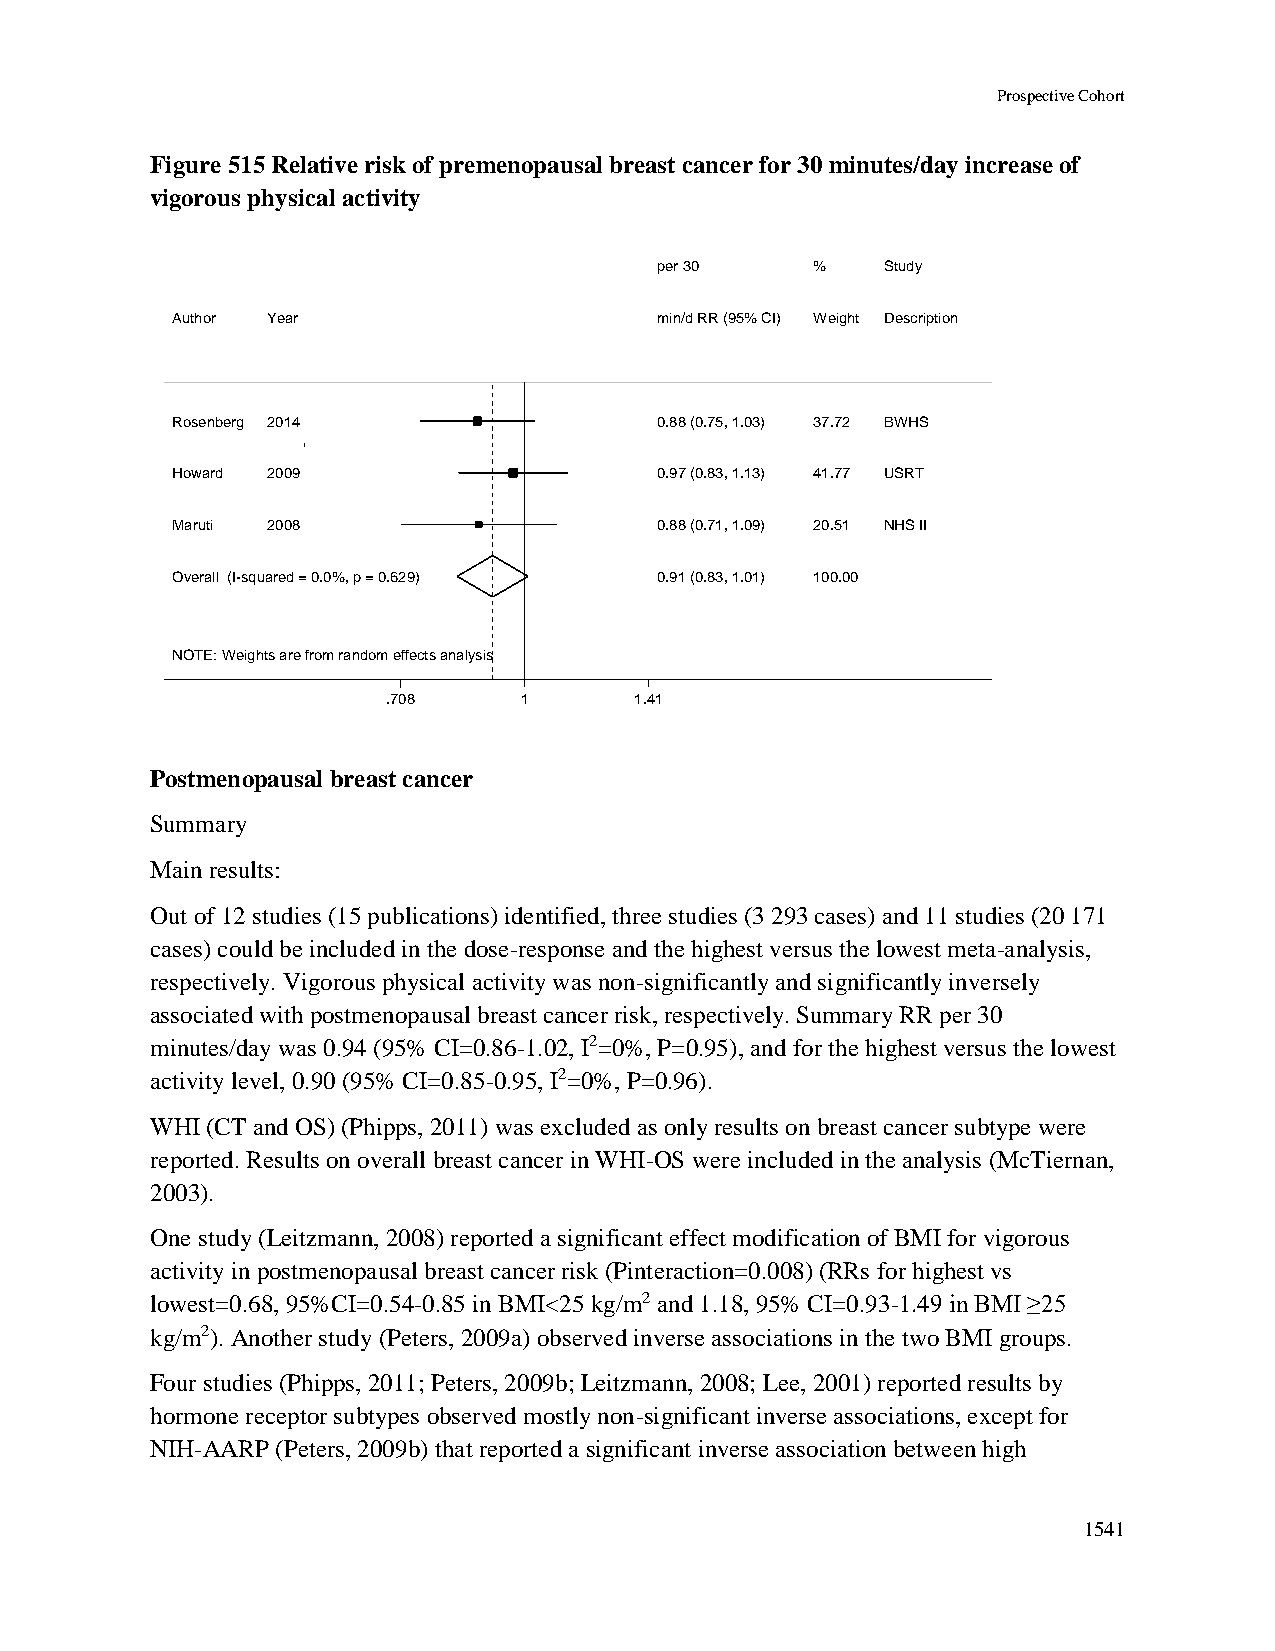
Prospective Cohort
 Figure 515 Relative risk of premenopausal breast cancer for 30 minutes/day increase of
 vigorous physical activity
 ppeerr 3300 %% Study
 Author Year                      mmiinn//dd RRRR ((9955%% CCII)) WWeeiigghhtt Description
 Rosenberg 2014                   00..8888 ((00..7755,, 11..0033)) 3377..7722 BWHS
 Howard 2009                      00..9977 ((00..8833,, 11..1133)) 4411..7777 USRT
 Maruti 2008                      00..8888 ((00..7711,, 11..0099)) 2200..5511 NHS II
 Overall (I-squared = 0.0%, p = 0.629) 00..9911 ((00..8833,, 11..0011)) 110000..0000
 NOTE: Weights are from random effects analysis
 .708    11      1.41
 Postmenopausal breast cancer
 Summary
 Main results:
 Out of 12 studies (15 publications) identified, three studies (3 293 cases) and 11 studies (20 171
 cases) could be included in the dose-response and the highest versus the lowest meta-analysis,
 respectively. Vigorous physical activity was non-significantly and significantly inversely
 associated with postmenopausal breast cancer risk, respectively. Summary RR per 30
 minutes/day was 0.94 (95% CI=0.86-1.02, I2=0%, P=0.95), and for the highest versus the lowest
 activity level, 0.90 (95% CI=0.85-0.95, I2=0%, P=0.96).
 WHI (CT and OS) (Phipps, 2011) was excluded as only results on breast cancer subtype were
 reported. Results on overall breast cancer in WHI-OS were included in the analysis (McTiernan,
 2003).
 One study (Leitzmann, 2008) reported a significant effect modification of BMI for vigorous
 activity in postmenopausal breast cancer risk (Pinteraction=0.008) (RRs for highest vs
 lowest=0.68, 95%CI=0.54-0.85 in BMI<25 kg/m2 and 1.18, 95% CI=0.93-1.49 in BMI ≥25
 kg/m2). Another study (Peters, 2009a) observed inverse associations in the two BMI groups.
 Four studies (Phipps, 2011; Peters, 2009b; Leitzmann, 2008; Lee, 2001) reported results by
 hormone receptor subtypes observed mostly non-significant inverse associations, except for
 NIH-AARP (Peters, 2009b) that reported a significant inverse association between high
 1541